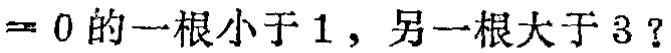
$=0的一根小于1，另一根大于3？$